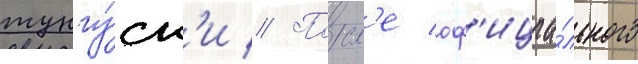
тунгу́ск'и // Посл'е оф'ициа́льного